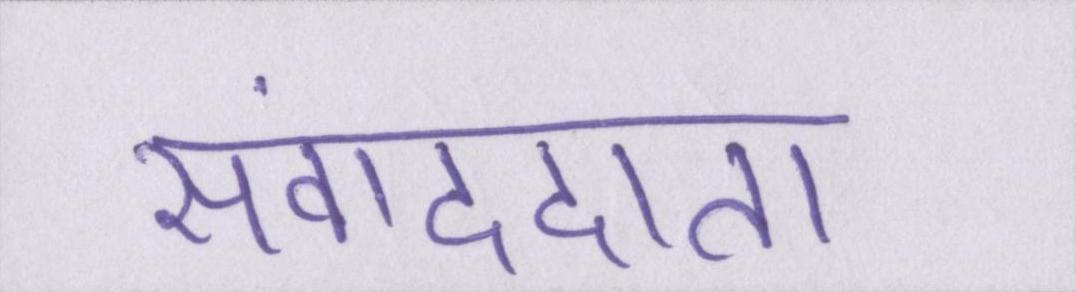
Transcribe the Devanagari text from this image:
संवाददाता